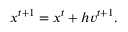
\begin{array} { r } { { \boldsymbol { x } } ^ { t + 1 } = { \boldsymbol { x } } ^ { t } + h { \boldsymbol { v } } ^ { t + 1 } . } \end{array}